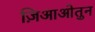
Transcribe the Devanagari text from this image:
ज़िआओतुन